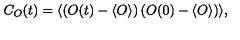
C _ { O } ( t ) = \langle \left( O ( t ) - \langle O \rangle \right) \left( O ( 0 ) - \langle O \rangle \right) \rangle ,